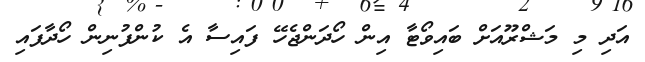
އަދި މި މަޝްރޫއަށް ބައިވޯޓާ އިން ހޯދަންޖެހޭ ފައިސާ އެ ކުންފުނިން ހޯދާފައި